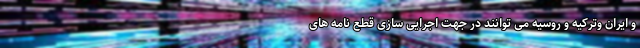
و ایران وترکیه و روسیه می توانند در جهت اجرایی سازی قطع نامه های